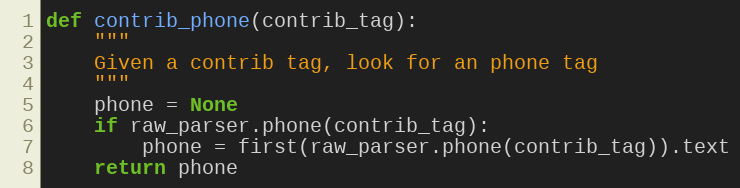
Language: Python
def contrib_phone(contrib_tag):
    """
    Given a contrib tag, look for an phone tag
    """
    phone = None
    if raw_parser.phone(contrib_tag):
        phone = first(raw_parser.phone(contrib_tag)).text
    return phone